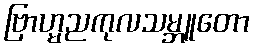
ဗြာဟ္မညကုလသမ္ဘူတော